Lunatic asylums Punjab 1895-1910 - 1895-1910
Year: 1895
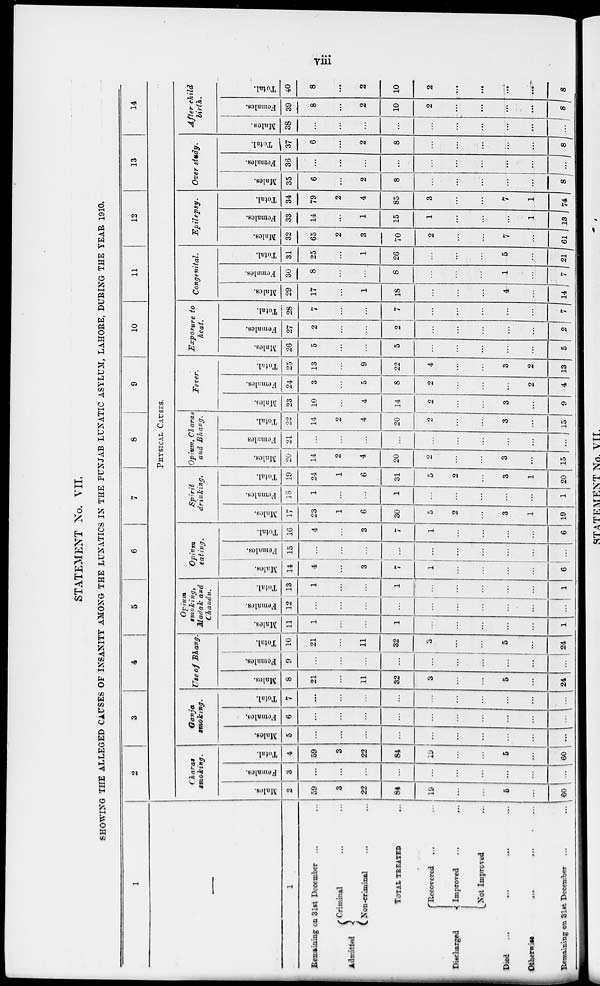
viii
STATEMENT No. VII.
SHOWING THE ALLEGED CAUSES OF INSANITY AMONG THE LUNATICS IN THE PUNJAB LUNATIC ASYLUM, LAHORE, DURING THE YEAR 1910.
1
—
1
Remaining on 31st December ... ...
Admitted
Criminal ... ...
Non-criminal ... ...
TOTAL TREATED ...
Discharged
Recovered ... ...
Improved ... ...
Not Improved ...
Died
...
...
...
...
...
Otherwise ... ... ... ... ...
Remaining on 31st December ... ...
2
3
4
5
6
7
8
9
10
11
12
13
14
PHYSICAL CAUSES.
Charas
smoking.
Mains.
2
59
3
22
84
19
...
...
5
...
60
Females.
3
...
...
...
...
...
...
...
...
...
...
Total.
4
59
3
22
84
19
...
...
5
...
60
Ganja
smoking.
Males.
5
...
...
...
...
...
...
...
...
...
...
Females.
6
...
...
...
...
...
...
...
...
...
...
Total.
7
...
...
...
...
...
...
...
...
...
...
Use of Bhang.
Males.
8
21
...
11
32
3
...
...
5
...
24
Females.
9
...
...
...
...
...
...
...
...
...
...
Total.
10
21
...
11
32
3
...
...
5
...
24
Opium
smoking,
Madak and
Chandu.
Males.
11
1
...
...
1
...
...
...
...
...
1
Females.
12
...
...
...
...
...
...
...
...
...
...
Total.
13
1
...
...
1
...
...
...
...
...
1
Opium
eating.
Males.
14
4
...
3
7
1
...
...
...
...
6
Females.
15
...
...
...
...
...
...
...
...
...
...
Total.
16
4
...
3
7
1
...
...
...
...
6
Spirit
drinking.
Males.
17
23
1
6
30
5
2
...
3
1
19
Females.
18
1
...
...
1
...
...
...
...
...
1
Total.
19
24
1
6
31
5
2
...
3
1
20
Opium, Charas
and Bhang.
Males.
20
14
2
4
20
2
...
...
3
...
15
Females
21
...
...
...
...
...
...
...
...
...
...
Total.
22
14
2
4
20
2
...
...
3
...
15
Fever.
Males.
23
10
...
4
14
2
...
...
3
...
9
Females.
24
3
...
5
8
2
...
...
...
2
4
Total.
25
13
...
9
22
4
...
...
3
2
13
Exposure to
heat.
Moles.
26
5
...
...
5
...
...
...
...
...
5
Females.
27
2
...
...
2
...
...
...
...
...
2
Total.
28
7
...
...
7
...
...
...
...
...
7
Congenital.
Males.
29
17
...
1
18
...
...
...
4
...
14
Females.
30
8
...
...
8
...
...
...
1
...
7
Total.
31
25
...
1
26
...
...
...
5
...
21
Epilepsy.
Males.
32
65
2
3
70
2
...
...
7
...
61
Females.
33
14
...
1
15
1
...
...
...
1
13
Total.
34
79
2
4
85
3
...
...
7
1
74
Over study.
Males.
35
6
...
2
8
...
...
...
...
...
8
Females.
36
...
...
...
...
...
...
...
...
...
...
Total.
37
6
...
2
8
...
...
...
...
...
8
After child
birth.
Males.
38
...
...
...
...
...
...
...
...
...
...
Females.
39
8
...
2
10
2
...
...
...
8
Total.
40
8
...
2
10
2
...
...
...
...
8